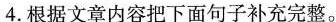
4.根据文章内容把下面句子补充完整。